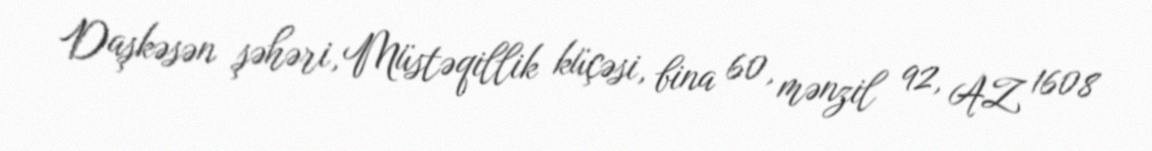
Daşkəsən şəhəri, Müstəqillik küçəsi, bina 60, mənzil 92, AZ 1608